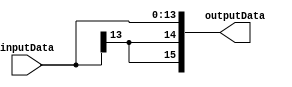
`timescale 1ns / 1ps `default_nettype none

module sign_extensor #(
    parameter INPUT_DATA_SIZE  = 14,
    parameter OUTPUT_DATA_SIZE = 16
) (
    input  wire [ INPUT_DATA_SIZE-1:0] inputData,
    output wire [OUTPUT_DATA_SIZE-1:0] outputData
);

  assign outputData[OUTPUT_DATA_SIZE-1 : 0] = {
    {(OUTPUT_DATA_SIZE - INPUT_DATA_SIZE) {inputData[INPUT_DATA_SIZE-1]}},
    inputData[INPUT_DATA_SIZE-1 : 0]
  };

endmodule

`default_nettype wire